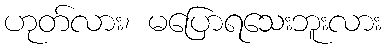
ဟုတ်လား၊ မပြောရသေးဘူးလား